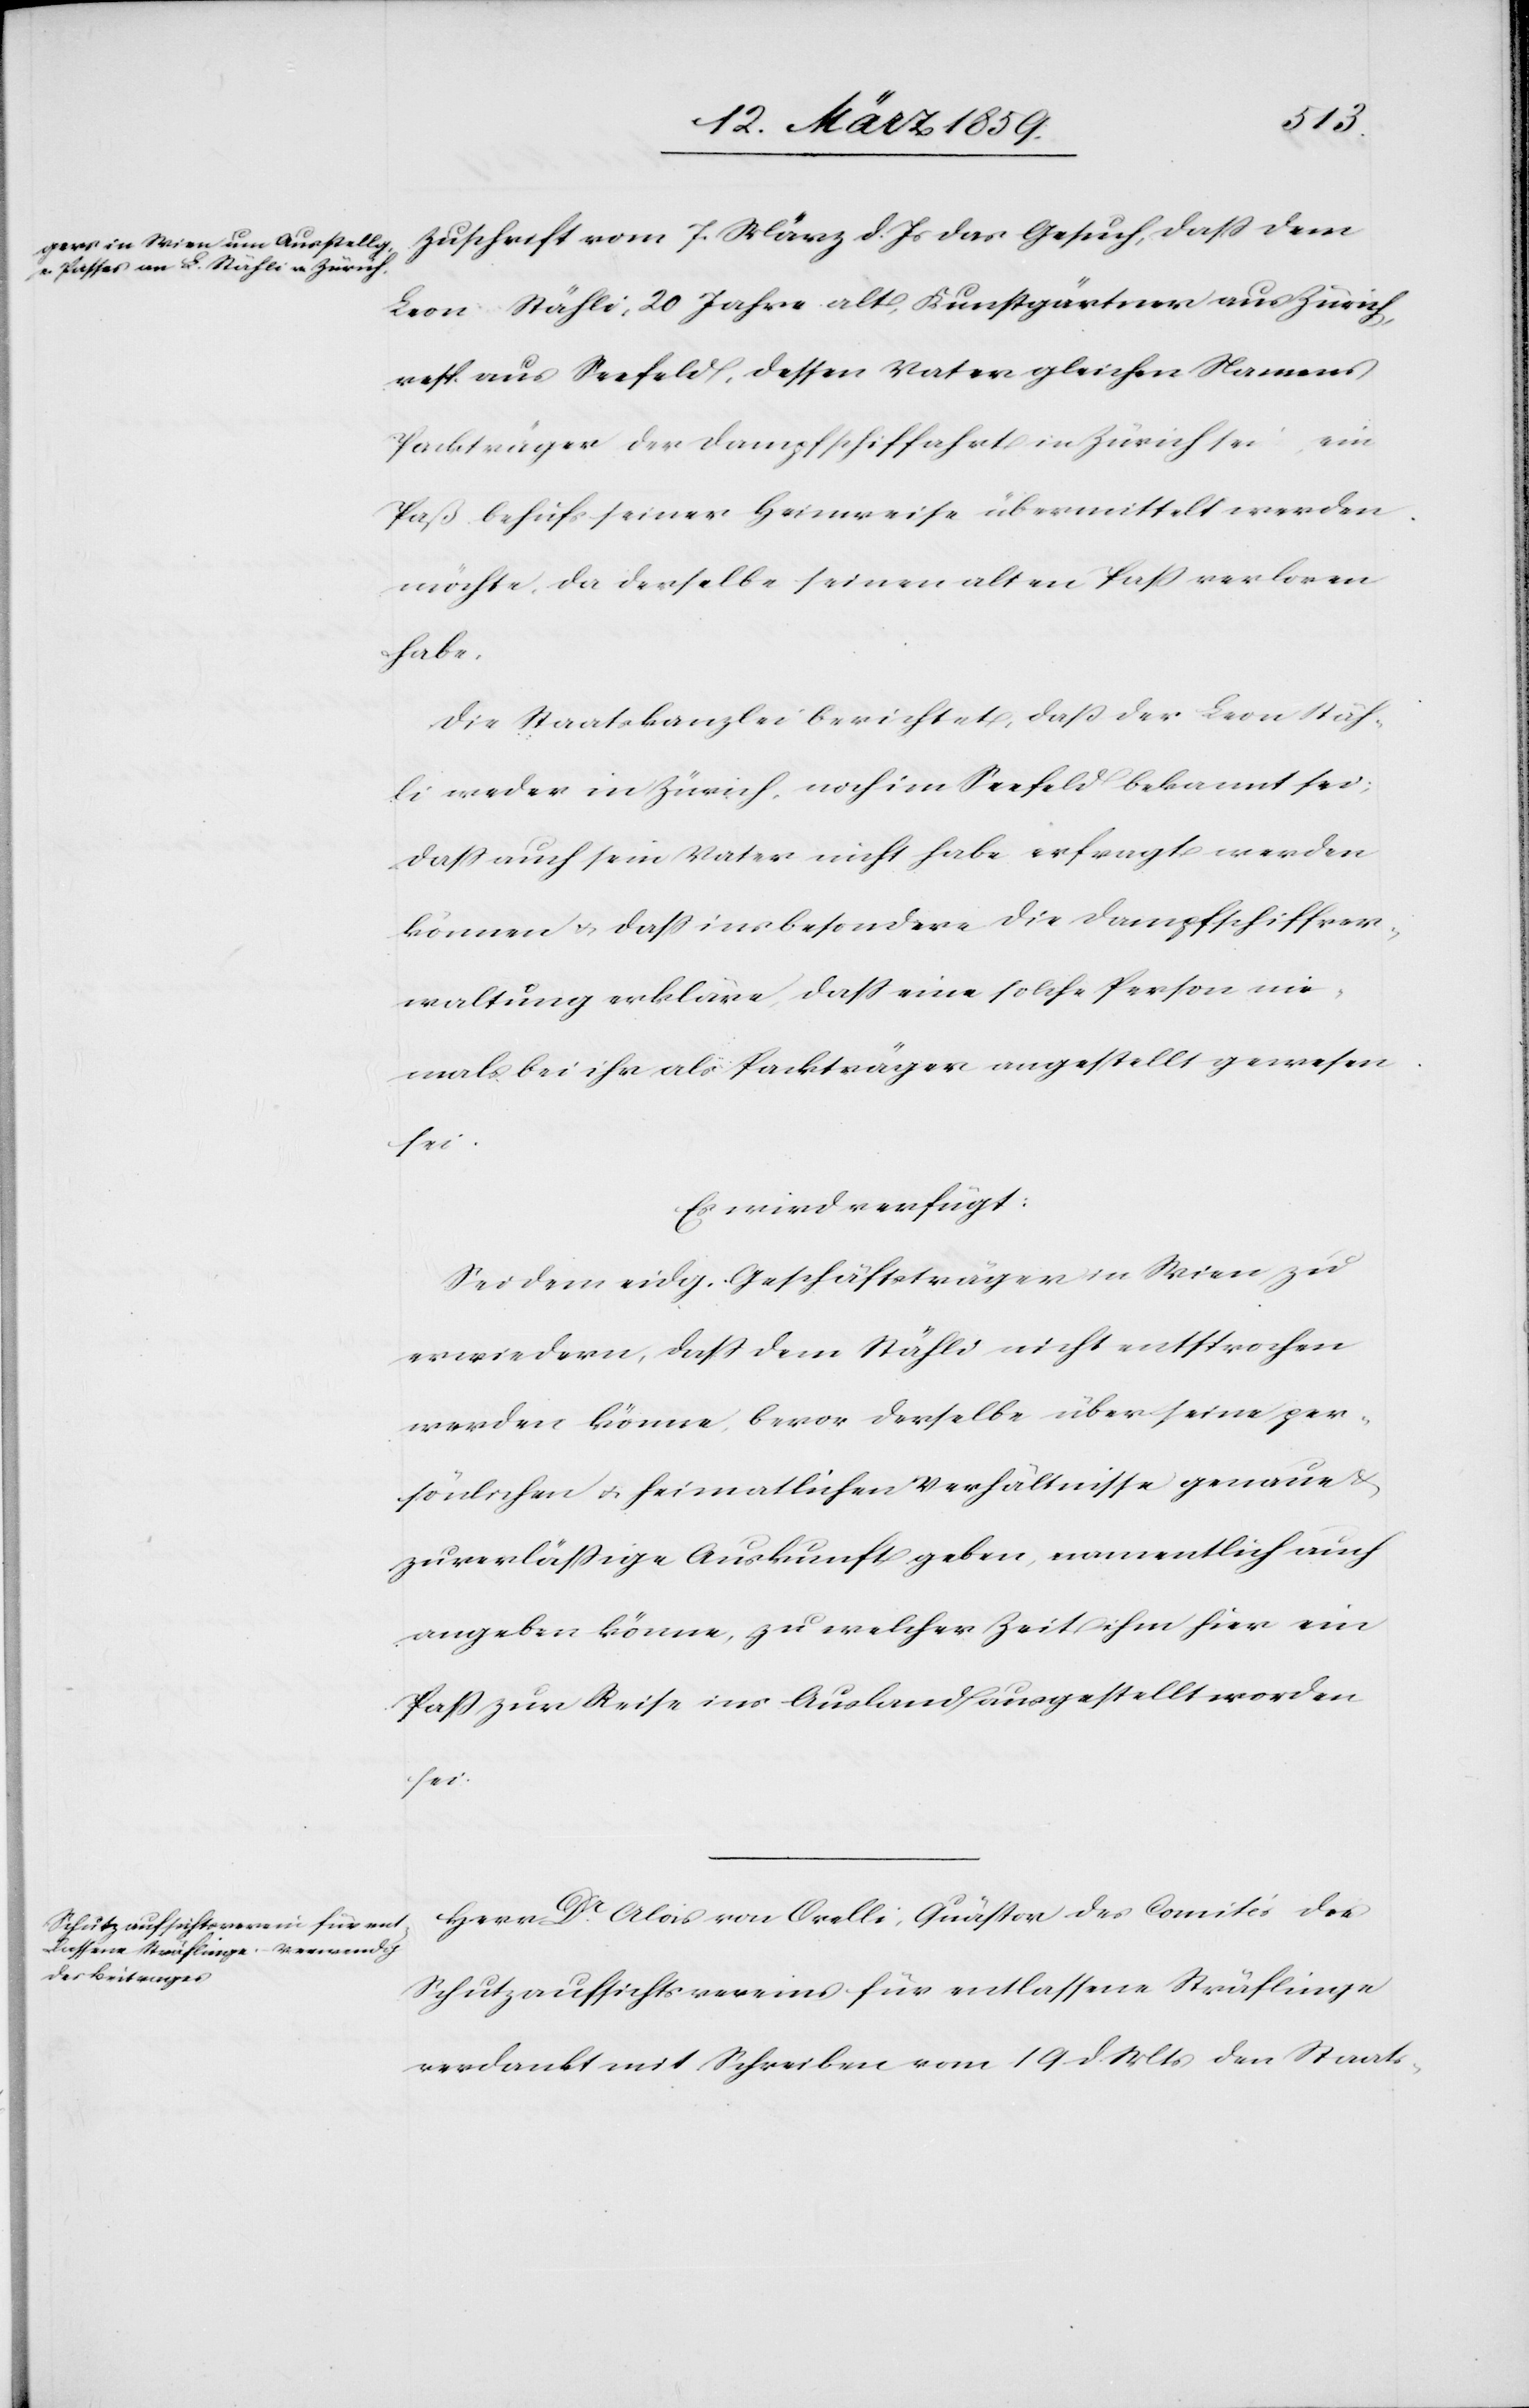
Zuschrift vom 7. März d. Js. das Gesuch, daß dem
Leon Stähli, 20 Jahre alt, Kunstgärtner aus Zürich,
resp. aus Seefeld, dessen Vater gleichen Namens
ein
Packträger der Dampfschiffahrt in Zürich sei,
Paß behufs seiner Heimreise übermittelt werden
möchte, da derselbe seinen alten Paß verloren
habe.
Die Staatskanzlei berichtet, daß der Leon Stäh¬
li weder in Zürich, noch im Seefeld bekannt sei;
daß auch sein Vater nicht habe erfragt werden
können & daß insbesondere die Dampfschiffver¬
waltung erkläre, daß eine solche Person nie¬
mals bei ihr als Packträger angestellt gewesen
sei.
Es wird verfügt:
Sei dem eidg. Geschäftsträger in Wien zu
erwiedern, daß dem Stähli nicht entsprochen
werden könne, bevor derselbe über seine per¬
sönlichen u. heimatlichen Verhältnisse genaue
zuverläßige Auskunft geben, namentlich auch
angeben könne, zu welcher Zeit ihm hier ein
Paß zur Reise ins Ausland ausgestellt worden
sei.
Herr Dr. Alois von Orelli, Quästor des Comités des
Schutzaufsichtsvereins für entlassene Sträflinge
verdankt mit Schreiben vom 19. d. Mts den Staats-